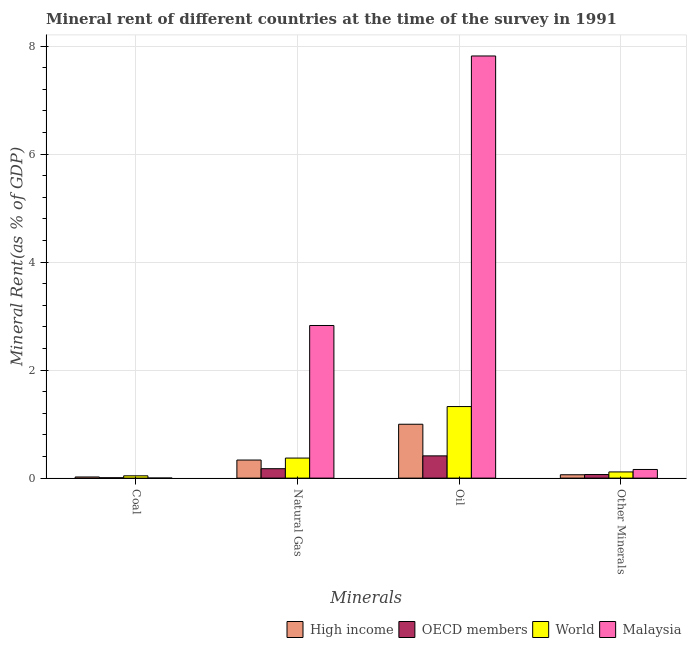
| Minerals | High income | OECD members | World | Malaysia |
 | --- | --- | --- | --- | --- |
 | Coal | 0.021 | 0.00673 | 0.0425 | 0.0012 |
 | Natural Gas | 0.335 | 0.175 | 0.371 | 2.83 |
 | Oil | 0.998 | 0.412 | 1.33 | 7.82 |
 | Other Minerals | 0.0623 | 0.0661 | 0.115 | 0.16 |